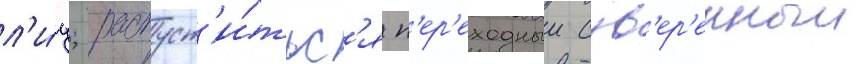
л'и́ц; распуст'и́тьс'я п'ер'еходныи сув'ер'енныи